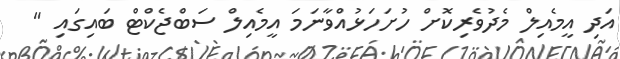
އަދި އީމެއިލް މެދުވެރިކޮށް ހުށަހަޅުއްވާނަމަ އީމެއިލް ސަބްޖެކްޓް ބައިގައި "